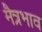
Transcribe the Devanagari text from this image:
मैत्रभाव